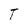
Character: T